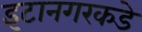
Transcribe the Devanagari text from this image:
इटानगरकडे